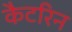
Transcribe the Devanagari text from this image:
कैटरिन